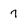
Character: 7